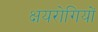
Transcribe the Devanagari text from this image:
क्षयरोगियों